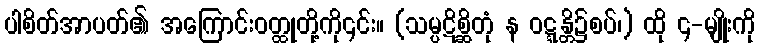
ပါစိတ်အာပတ်၏ အကြောင်းဝတ္ထုတို့ကို၎င်း။ (သမ္ပဋိစ္ဆိတုံ န ဝဋ္ဋန္တိ၌စပ်၊) ထို ၄-မျိုးကို